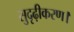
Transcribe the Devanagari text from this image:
सुदृढ़ीकरण।